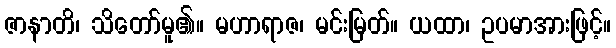
ဇာနာတိ၊ သိတော်မူ၏။ မဟာရာဇ၊ မင်းမြတ်။ ယထာ၊ ဥပမာအားဖြင့်။